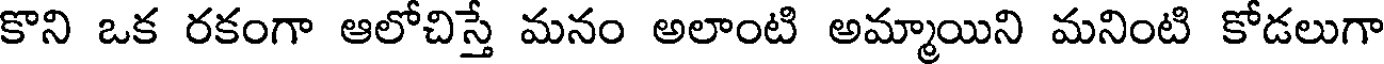
కొని ఒక రకంగా ఆలోచిస్తే మనం అలాంటి అమ్మాయిని మనింటి కోడలుగా